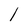
Character: l